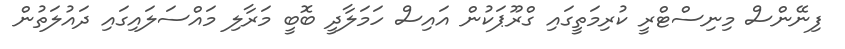
ފިނޭންސް މިނިސްޓްރީ ކުރިމަތީގައި ގްރޫޕަކުން އައިސް ހަމަލާދީ ބޮބީ މަރާލި މައްސަލައިގައި ދައުލަތުން